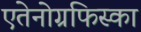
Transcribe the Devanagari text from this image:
एतेनोग्रफिस्का